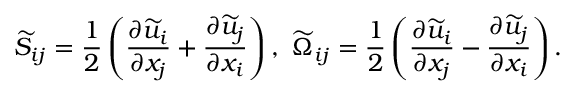
{ \widetilde { S } } _ { i j } = \frac { 1 } { 2 } \left( { \frac { \partial { \widetilde { u } } _ { i } } { \partial x _ { j } } + \frac { \partial { \widetilde { u } } _ { j } } { \partial x _ { i } } } \right) , ~ { \widetilde { \Omega } } _ { i j } = \frac { 1 } { 2 } \left( { \frac { \partial { \widetilde { u } } _ { i } } { \partial x _ { j } } - \frac { \partial { \widetilde { u } } _ { j } } { \partial x _ { i } } } \right) .